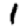
Digit: 1